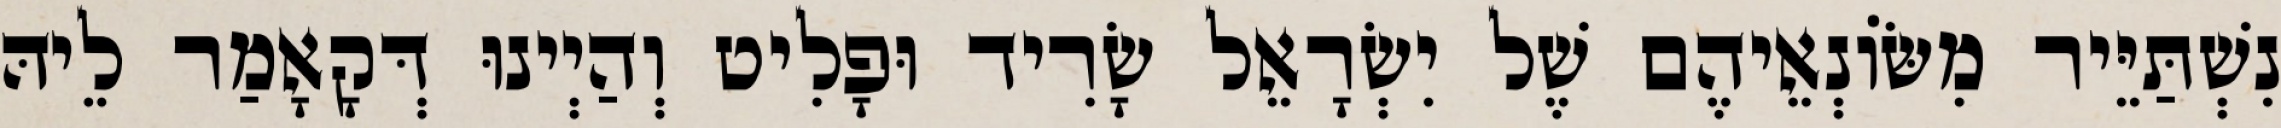
נִשְׁתַּיֵּיר מִשּׂוֹנְאֵיהֶם שֶׁל יִשְׂרָאֵל שָׂרִיד וּפָלִיט וְהַיְינוּ דְּקָאָמַר לֵיהּ